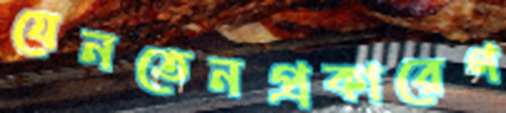
যেনতেনপ্রকারেণ